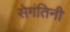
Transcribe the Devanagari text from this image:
सेगंतिनी